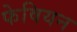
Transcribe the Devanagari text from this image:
फेवियन